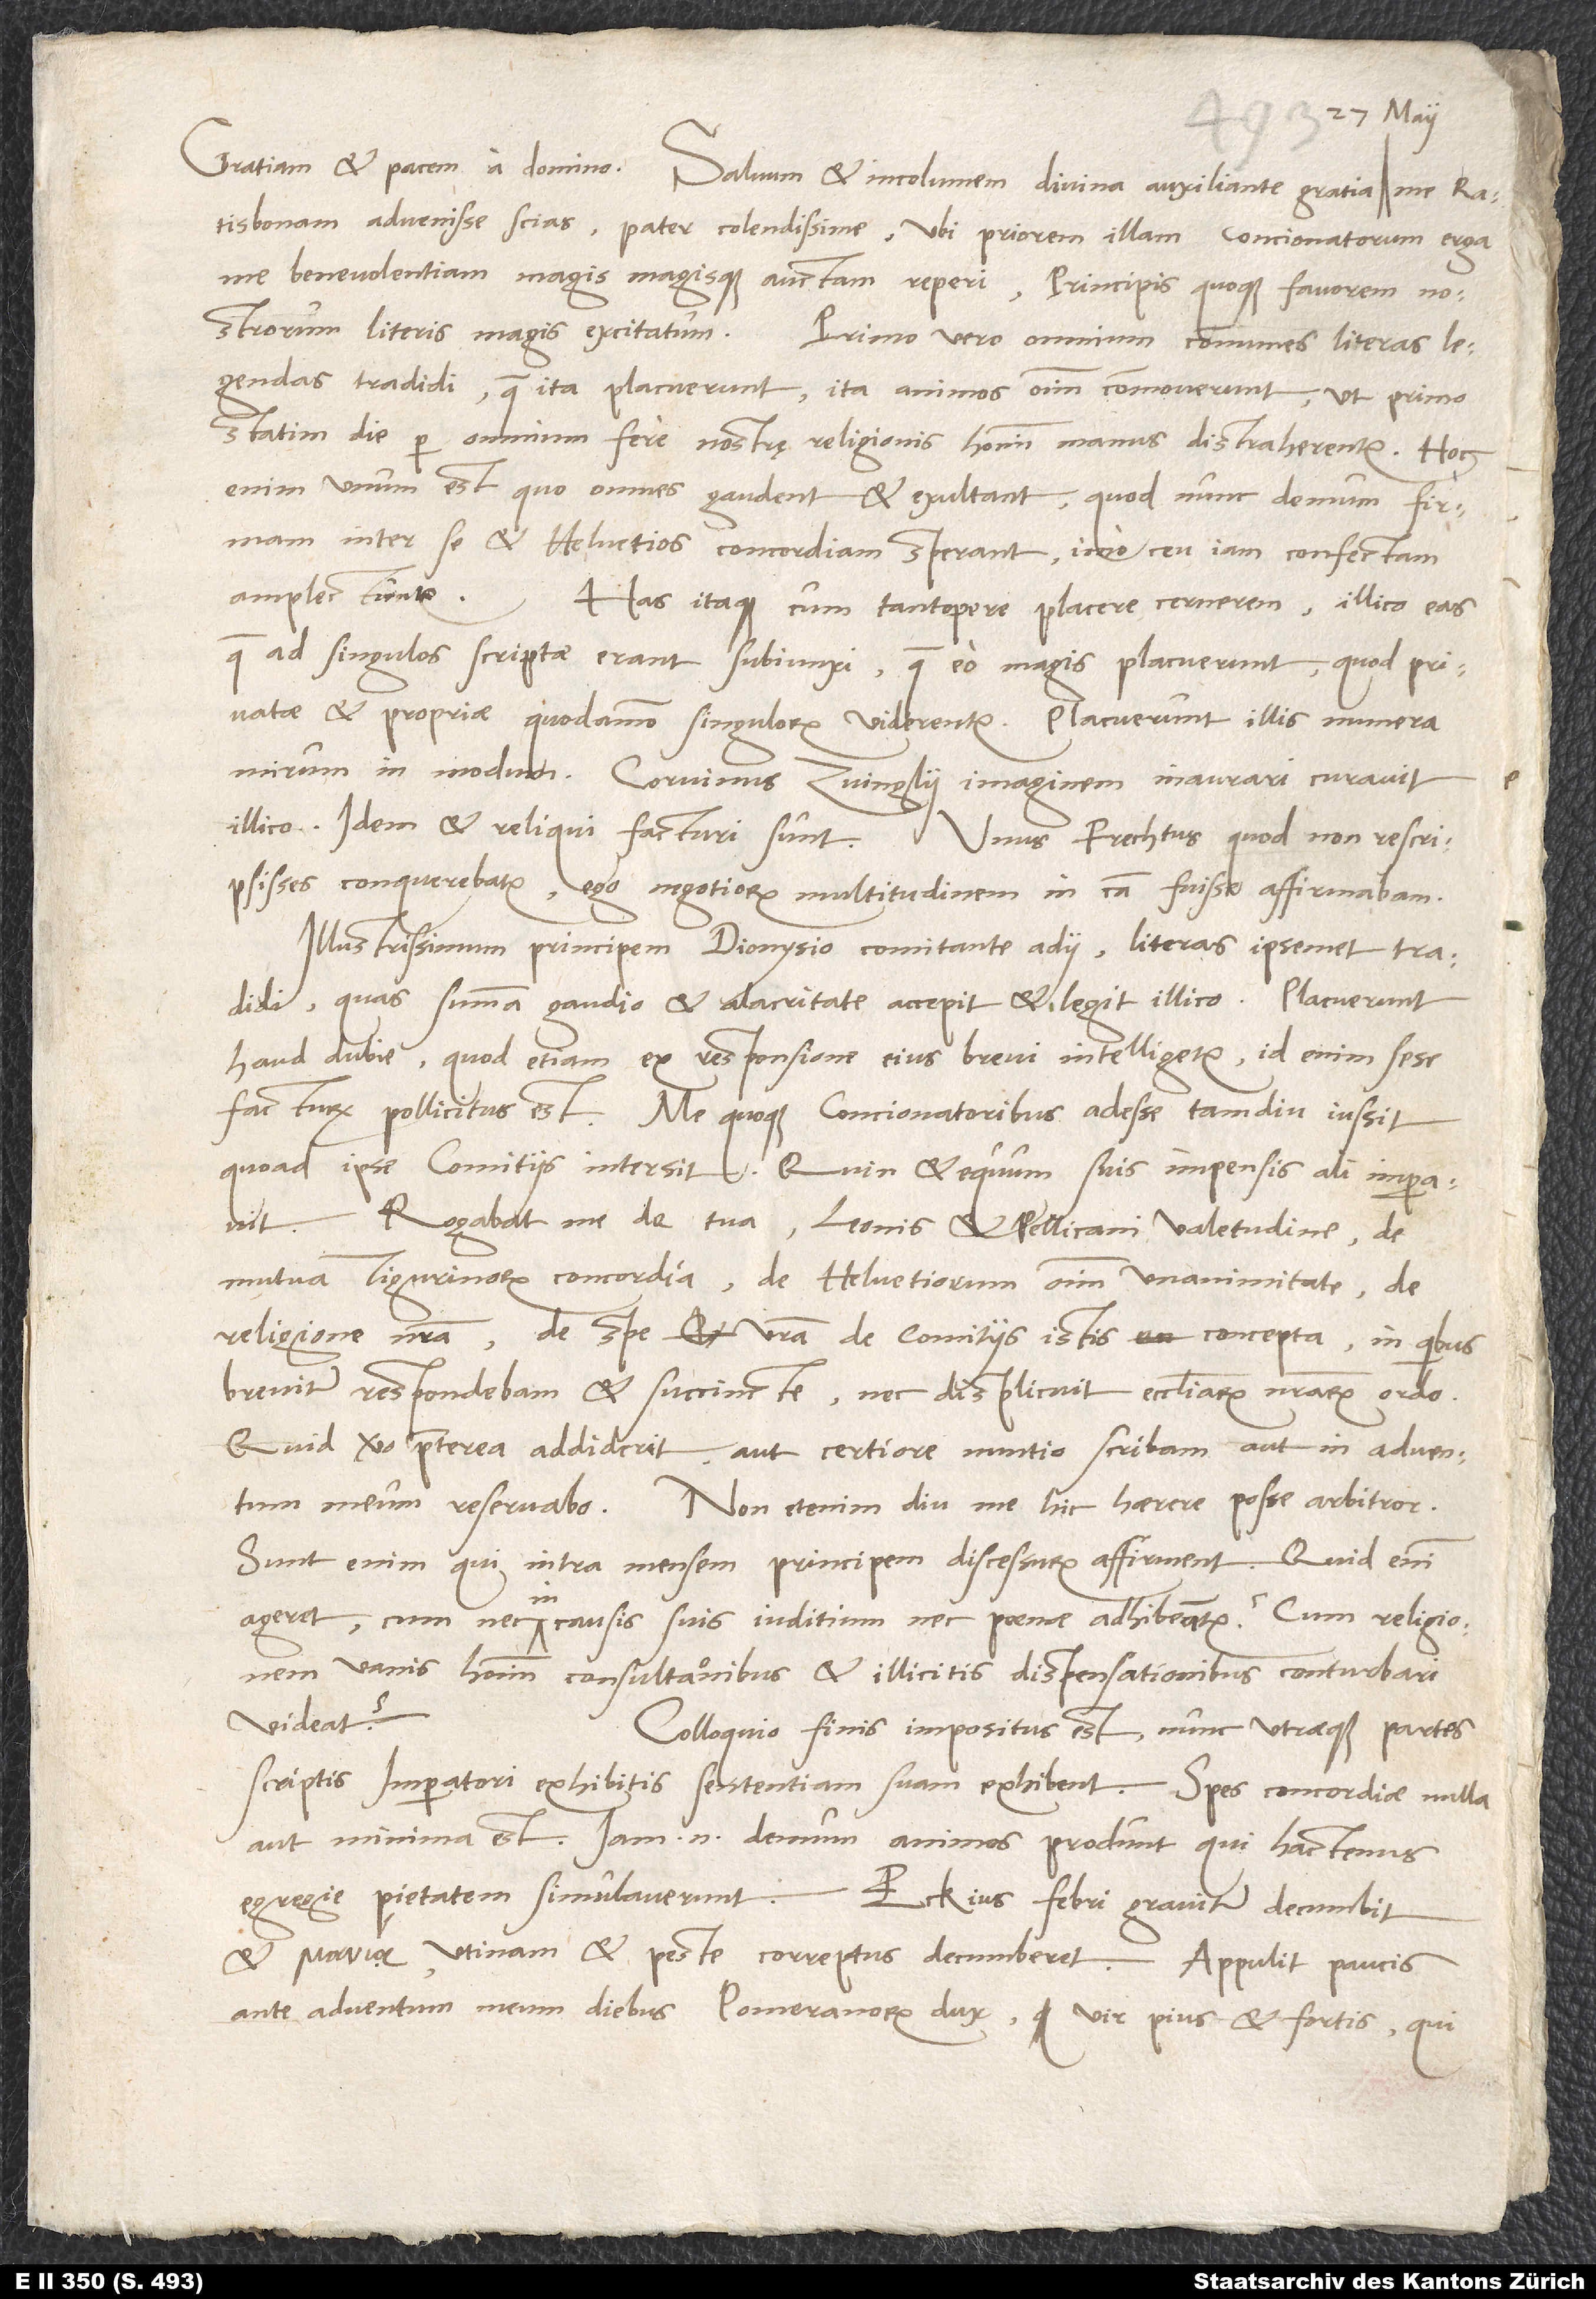
27. maii
Ratisbonam advenisse scias, pater colendissime, ubi priorem illam concionatorum erga
me benevolentiam magis magisque auctam reperi, principis quoque favorem nostrorum
literis magis excitatum. Primo vero omnium communes literas
legendas tradidi, quae ita placuerunt, ita animos omnium commoverunt, ut primo
statim die per omnium fere nostrę religionis hominum manus distraherentur. Hoc
enim unum est, quo omnes gaudent et exultant, quod nunc demum firmam
inter se et Helvetios concordiam sperant, imo ceu iam confectam
amplectuntur. Has itaque cum tantopere placere cernerem, illico eas,
quae ad singulos scriptae erant, subiunxi, quae eo magis placuerunt, quod privatae
et propriae quodammodo singulorum viderentur. Placuerunt illis munera
mirum in modum. Corvinus Zvinglii imaginem inaurari curavit
illico. Idem et reliqui facturi sunt. Unus Frechtus, quod non rescripsisses,
conquerebatur; ego negotiorum multitudinem in causa fuisse affirmabam.
Illustrissimum principem Dionysio comitante adii, literas ipsemet tradidi,
quas summa gaudio et alacritate accepit et legit illico. Placuerunt
haud dubie, quod etiam ex responsione eius brevi intelligetur; id enim sese
facturum pollicitus est. Me quoque concionatoribus adesse tamdiu iussit,
quoad ipse comitiis intersit. Quin et equum suis impensis ali imperavit.
Rogabat me de tua, Leonis et Pellicani valetudine, de
mutua Tigurinorum concordia, de Helvetiorum omnium unanimitate, de
religione nostra, de spe vestra de comitiis istis concepta, in quibus
breviter respondebam et succincte, nec displicuit ecclesiarum nostrarum ordo.
Quid vero praeterea addiderit, aut certiore nuntio scribam aut in adventum
meum reservabo. Non etenim diu me hic haerere posse arbitror.
Sunt enim, qui intra mensem principem discessurum affirment. Quid enim
ageret, cum nec in causis suis iuditium nec poenae adhibeantur, cum religionem
vanis hominum consultationibus et illicitis dispensationibus conturbari
videat?
Colloquio finis impositus est; nunc utraeque partes
scriptis imperatori exhibitis sententiam suam exhibent. Spes concordiae nulla
aut minima est. Iam enim demum animos produnt, qui hactenus
et ; utinam et peste correptus decumberet! Appulit paucis
ante adventum meum diebus Pomeranorum dux, vir pius et fortis, qui